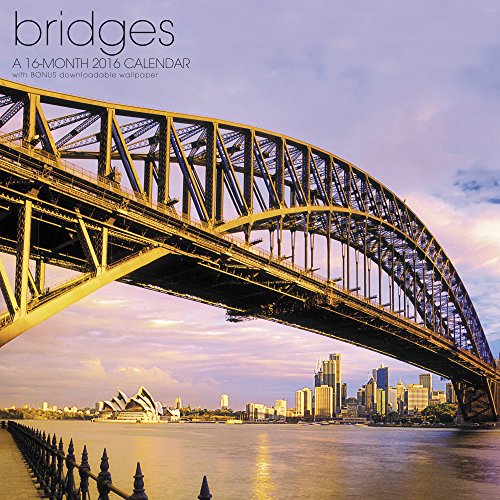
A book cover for Bridges Wall Calendar (2016); Landmark; Calendars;